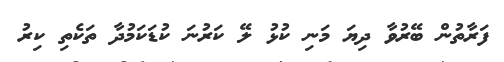
ފަރާތުން ބޭރުވާ ދިޔަ މަނި ކުޅު ލޭ ކަރުނަ ކުޑަކަމުދާ ތަކެތި ކިރު